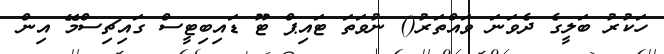
ހަކުރު ބަލީގެ ދެވަނަ ވައްތަރު() ނުވަތަ ޓައިޕް ޓޫ ޑައިބިޓީސް ގައިޗިސްމޭ އިން